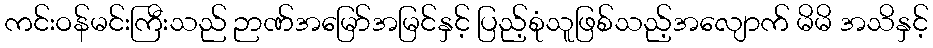
ကင်းဝန်မင်းကြီးသည် ဉာဏ်အမြော်အမြင်နှင့် ပြည့်စုံသူဖြစ်သည့်အလျောက် မိမိ အသိနှင့်